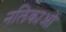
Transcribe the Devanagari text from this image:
नलिकाआें